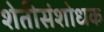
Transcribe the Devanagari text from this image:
शेतीसंशोधक